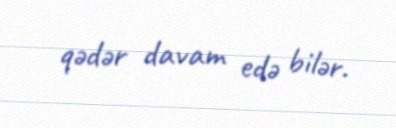
qədər davam edə bilər.